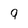
Character: 9